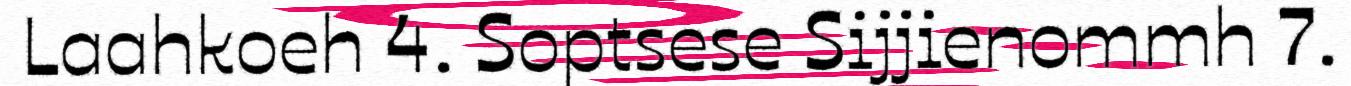
Laahkoeh 4. Soptsese Sijjienommh 7.